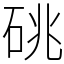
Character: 䂪